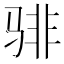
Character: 𬴂